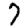
Digit: 7